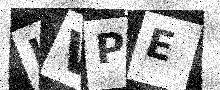
Text: LVPE